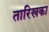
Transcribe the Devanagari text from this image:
तारिखका